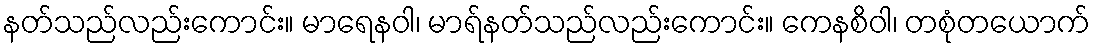
နတ်သည်လည်းကောင်း။ မာရေနဝါ၊ မာရ်နတ်သည်လည်းကောင်း။ ကေနစိဝါ၊ တစုံတယောက်